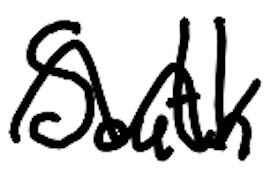
Text: South
Cross-out: wave
Writing tool: digital_black